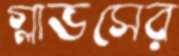
গ্লাভসের